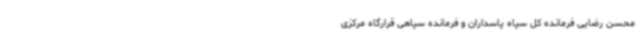
محسن رضایی فرمانده کل سپاه پاسداران و فرمانده سپاهی قرارگاه مرکزی